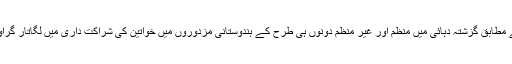
رپورٹ کے مطابق گزشتہ دہائی میں منظم اور غیر منظم دونوں ہی طرح کے ہندوستانی مزدوروں میں خواتین کی شراکت داری میں لگاتار گراوٹ آئی ہے۔